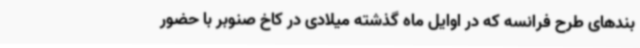
بندهای طرح فرانسه که در اوایل ماه گذشته میلادی در کاخ صنوبر با حضور